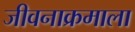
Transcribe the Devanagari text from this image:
जीवनाक्रमाला